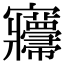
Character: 㝲